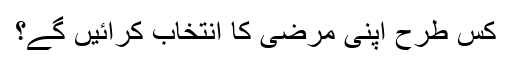
کس طرح اپنی مرضی کا انتخاب کرائیں گے؟